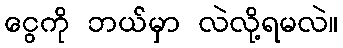
ငွေကို ဘယ်မှာ လဲလို့ရမလဲ။